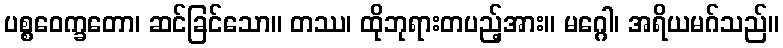
ပစ္စဝေက္ခတော၊ ဆင်ခြင်သော။ တဿ၊ ထိုဘုရားတပည့်အား။ မဂ္ဂေါ၊ အရိယမဂ်သည်။